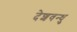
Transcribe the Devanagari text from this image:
देशवन्धु